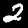
Label: 2